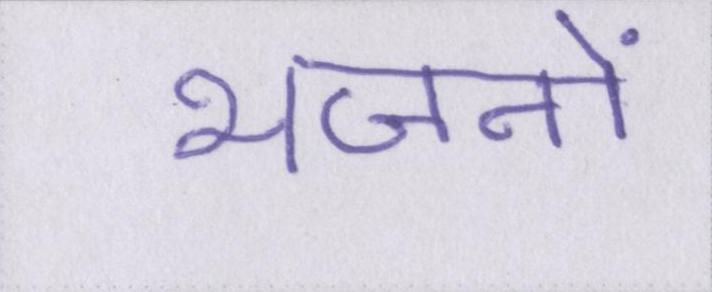
भजनों